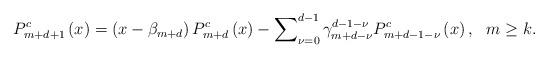
LaTeX: \begin{align*}P_{m+d+1}^{c}\left( x\right) =\left( x-\beta _{m+d}\right) P_{m+d}^{c}\left(x\right) -\sum\nolimits_{\nu=0}^{d-1}\gamma_{m+d-\nu}^{d-1-\nu}P_{m+d-1-\nu}^{c}\left( x\right) ,\ \ m\geq k. \end{align*}